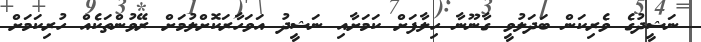
ނަޝީދުގެ ވެރިކަން ބަދަލުވީ ގާނޫނާ ހިލާފަށް ކަމަށާއި ނަޝީދު އަވަހާރަކޮށްލުމަށް ރޭވުންތަކެއް ހުރިކަމަށް